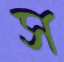
স